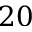
2 0